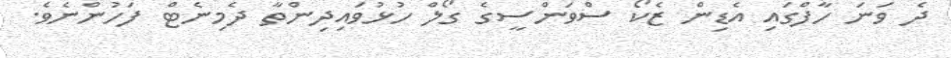
ދެ ވަނަ ހާފްގައި އެޑިން ޒެކޯ ސްވަންސީގެ ގޯލް ހުޅުވައިދިންތާ ދެމިނެޓް ފަހުންނެވެ.